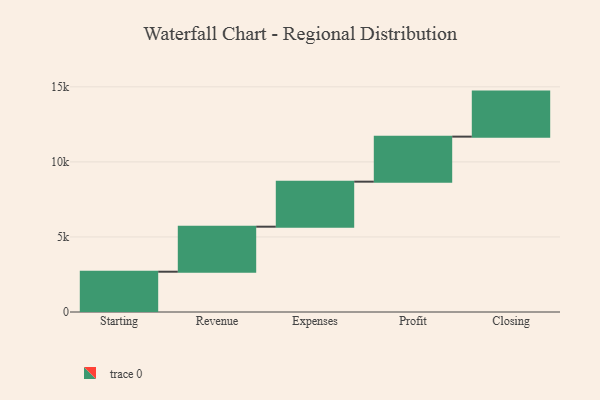
{"axis": {"x": "Step", "y": "Value"}, "legend": [""], "data": [{"x": "Starting", "y": 2684.0, "type": ""}, {"x": "Revenue", "y": 3000, "type": ""}, {"x": "Expenses", "y": 3000, "type": ""}, {"x": "Profit", "y": 3000, "type": ""}, {"x": "Closing", "y": 3000, "type": ""}]}